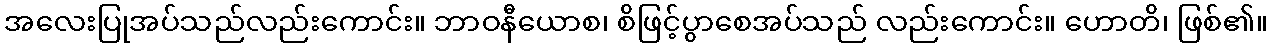
အလေးပြုအပ်သည်လည်းကောင်း။ ဘာဝနီယောစ၊ စိဖြင့်ပွာစေအပ်သည် လည်းကောင်း။ ဟောတိ၊ ဖြစ်၏။